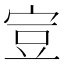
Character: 𧯜